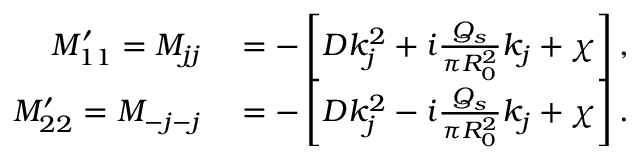
\begin{array} { r l } { M _ { 1 1 } ^ { \prime } = M _ { j j } } & { { } = - \left[ D k _ { j } ^ { 2 } + i \frac { Q _ { s } } { \pi R _ { 0 } ^ { 2 } } k _ { j } + \chi \right] , } \\ { M _ { 2 2 } ^ { \prime } = M _ { - j - j } } & { { } = - \left[ D k _ { j } ^ { 2 } - i \frac { Q _ { s } } { \pi R _ { 0 } ^ { 2 } } k _ { j } + \chi \right] . } \end{array}